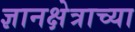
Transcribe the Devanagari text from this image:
ज्ञानक्षेत्राच्या